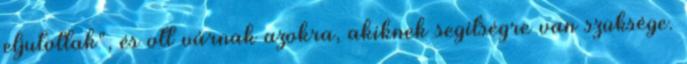
eljutottak", és ott várnak azokra, akiknek segítségre van szüksége.